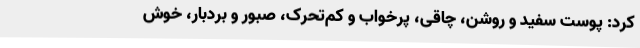
کرد: پوست سفید و روشن، چاقی، پرخواب و کم‌تحرک، صبور و بردبار، خوش